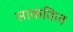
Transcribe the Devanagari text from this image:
साकविल